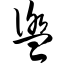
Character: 盥